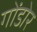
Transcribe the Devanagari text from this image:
गोंडोर